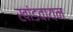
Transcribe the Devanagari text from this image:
खांडवायन